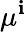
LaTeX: \mu^{\mathbf{i}}